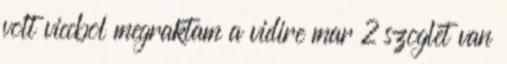
volt viccbol megraktam a vidire mar 2 szoglet van